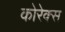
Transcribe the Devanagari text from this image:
कोरेक्स